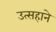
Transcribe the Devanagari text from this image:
उत्सहाने